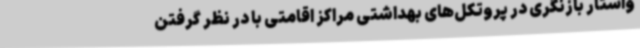
واستار بازنگری در پروتکل‌های بهداشتی مراکز اقامتی با در نظر گرفتن